Tezpur Lunatic Asylum reports 1895-1904 - 1895-1904
Year: 1895
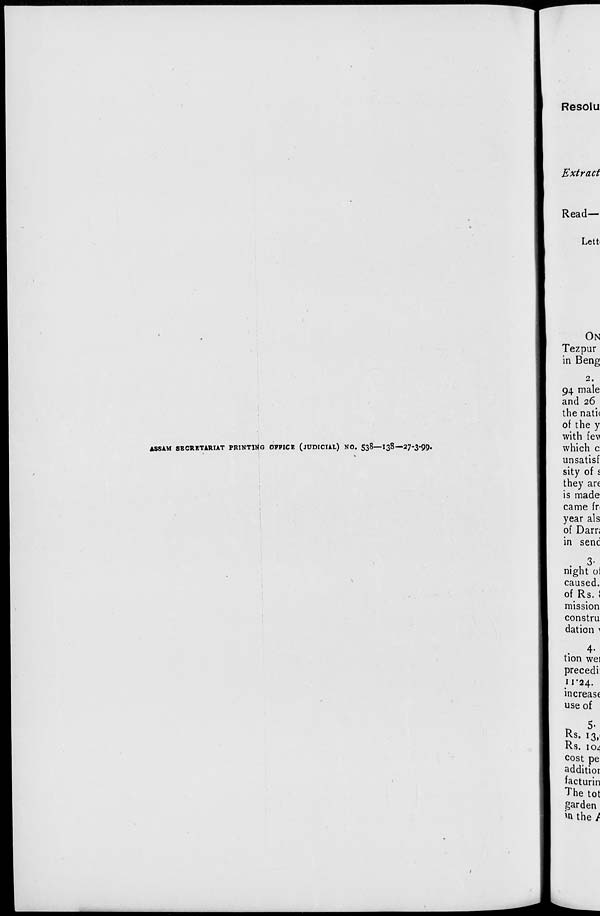
ASSAM SECRETARIAT PRINTING OFFICE (JUDICIAL) NO. 538—138—27-3-99.